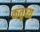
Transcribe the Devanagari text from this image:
कतृव्य